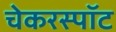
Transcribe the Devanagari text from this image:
चेकरस्पॉट